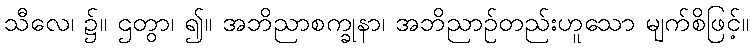
သီလေ၊ ၌။ ဌတွာ၊ ၍။ အဘိညာစက္ခုနာ၊ အဘိညာဉ်တည်းဟူသော မျက်စိဖြင့်။